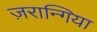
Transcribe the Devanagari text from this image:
ज़रान्गिया